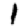
Digit: 1